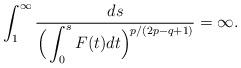
LaTeX: \begin{align*}\int_{1}^\infty\frac{ds}{\Big(\displaystyle \int_0^s F(t)dt \Big)^{p/(2p - q+1)}} = \infty.\end{align*}